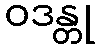
ဝဒန္တု